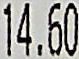
14.60